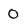
Character: 0